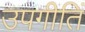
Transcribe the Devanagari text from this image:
उपगीतिं